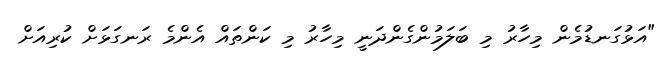
"އަޅުގަނޑުމެން މިހާރު މި ބަލަމުންގެންދަނީ މިހާރު މި ކަންތައް އެންމެ ރަނގަޅަށް ކުރިއަށް